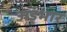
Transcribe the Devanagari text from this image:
अड़भार